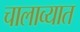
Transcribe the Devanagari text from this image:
चालाव्यात